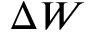
\Delta W